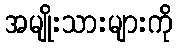
အမျိုးသားများကို